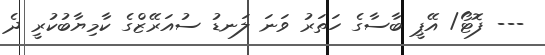
--- ފޮޓޯ/ އޭޕީ ބާސާގެ ހަތަރު ވަނަ ލަނޑު ސުއަރޭޒްގެ ކާމިޔާބުކުރީ ދެ